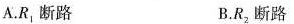
A.R_{1}断路 B.R_{2}断路